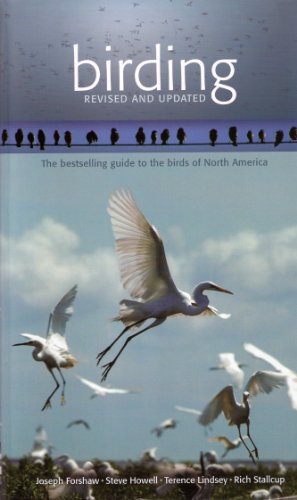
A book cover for Birding; Joseph Forshaw; Travel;